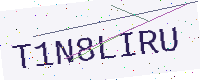
Text: T1N8LIRU